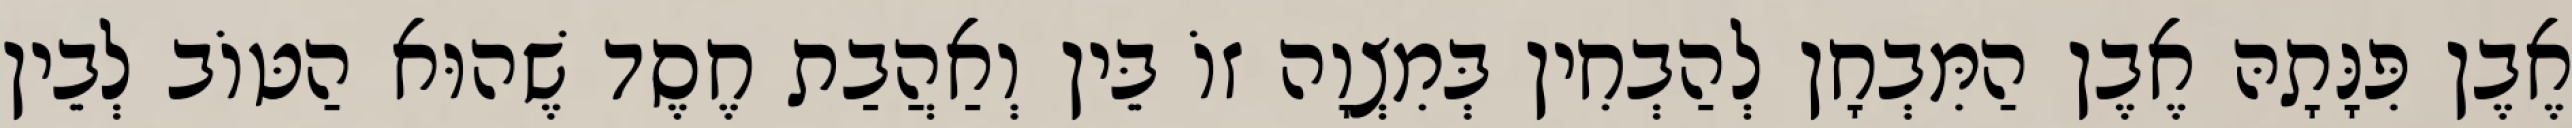
אֶבֶן פִּנָּתָהּ אֶבֶן הַמִּבְחָן לְהַבְחִין בְּמִצְוָה זוֹ בֵּין וְאַהֲבַת חֶסֶד שֶׁהוּא הַטּוֹב לְבֵין